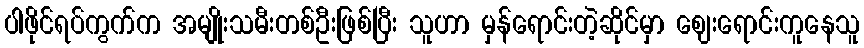
ပါဖိုင်ရပ်ကွက်က အမျိုးသမီးတစ်ဦးဖြစ်ပြီး သူဟာ မှန်ရောင်းတဲ့ဆိုင်မှာ ဈေးရောင်းကူနေသူ